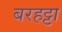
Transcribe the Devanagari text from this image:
बरहट्टा